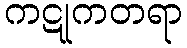
ကဋုကတရာ